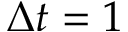
\Delta t = 1